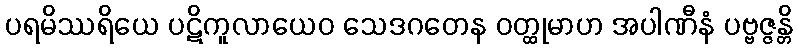
ပရမိဿရိယေ ပဋိကူလာယေဝ သေဒဂတေန ဝတ္ထုမာဟ အပါဏီနံ ပဗ္ဗဇ္ဇန္တိ